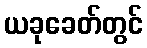
ယခုခေတ်တွင်